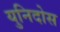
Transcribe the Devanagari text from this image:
युनिदोस